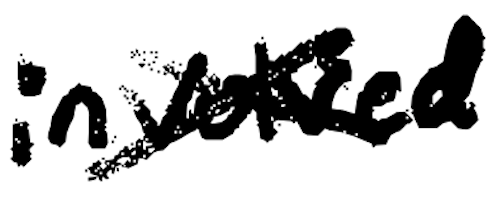
Text: involved
Cross-out: cross
Writing tool: digital_black